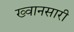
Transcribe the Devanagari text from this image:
ख्वानसारी